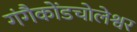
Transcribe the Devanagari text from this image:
गंगैकोंडचोलेश्वर